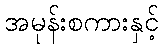
အမုန်းစကားနှင့်